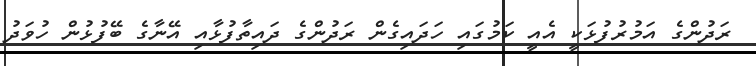
ރަދުންގެ އަމުރުފުޅަކީ އެއީ ކަމުގައި ހަދައިގެން ރަދުންގެ ދައިތާފުޅާއި އޭނާގެ ބޭފުޅުން ހުވަދު